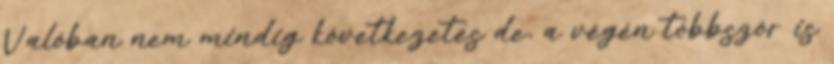
Valóban nem mindig következetes de, a végén többször is